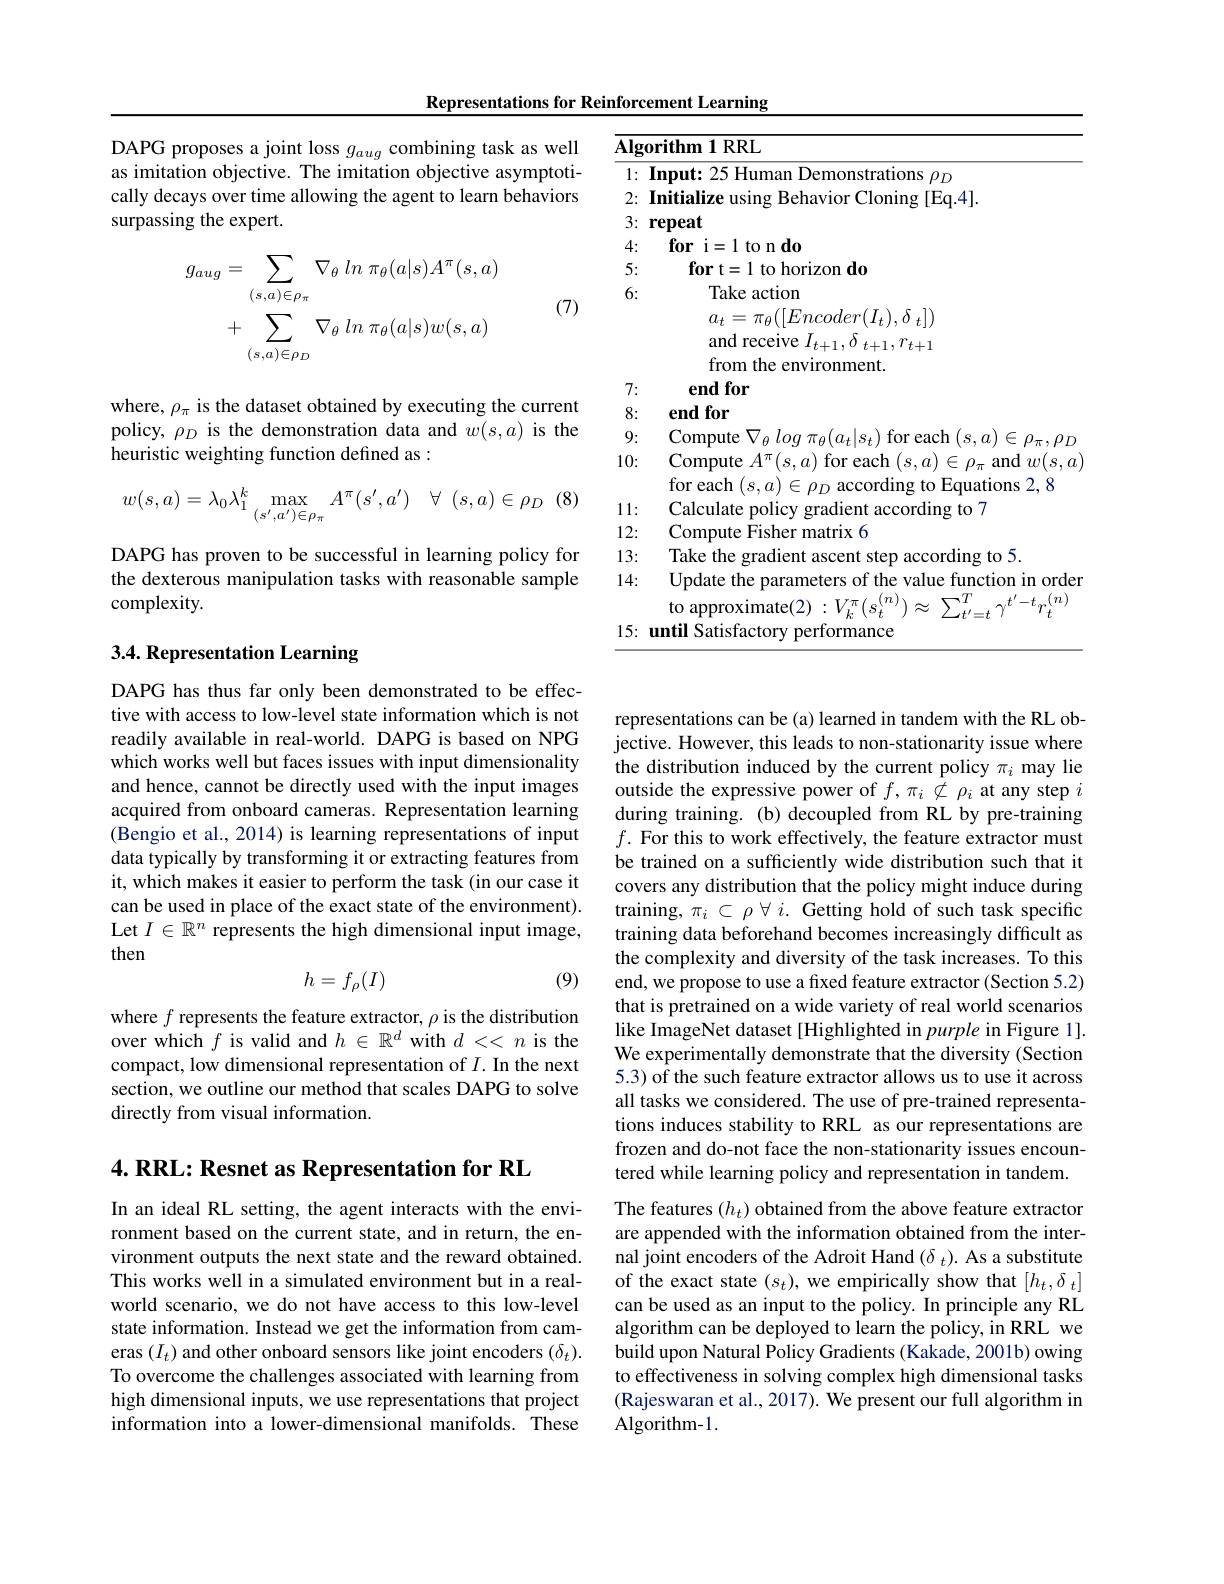
Representations for Reinforcement Learning

<table>
	<tbody>
		<tr>
			<td>$\overline{\mathbf{Alg}}$</td>
			<td>$\mathbf{orithm1RRL}$</td>
		</tr>
		<tr>
			<td>1: </td>
			<td>$ms$ $\rho_{D}$</td>
		</tr>
		<tr>
			<td>2:</td>
			<td>$if$</td>
		</tr>
		<tr>
			<td>3:</td>
			<td>$10\boldsymbol{e}$ $19f$</td>
		</tr>
		<tr>
			<td>4:</td>
			<td>l to n do $\mathbf{for}$i=1t</td>
		</tr>
		<tr>
			<td>5:</td>
			<td>horizon do for to</td>
		</tr>
		<tr>
			<td>6:</td>
			<td>Take action</td>
		</tr>
		<tr>
			<td> </td>
			<td>$a_{t}=\pi_{\theta}([Encoder(I_{t}),\delta_{t}])$</td>
		</tr>
		<tr>
			<td> </td>
			<td>and receive $I_t+1,\delta_{t+1},r_{t+1}$ $\mathbf{pnt}$</td>
		</tr>
		<tr>
			<td>-1</td>
			<td> </td>
		</tr>
		<tr>
			<td>8:</td>
			<td>end for</td>
		</tr>
		<tr>
			<td>9:</td>
			<td> </td>
		</tr>
		<tr>
			<td>10:</td>
			<td>${\mathrm{Compute~}A^{\pi}(s,a)}$ for each $(s,a)\in\rho_{\pi}$ and $w(s,a)$ for each $(s,c)$ no to Fouations </td>
		</tr>
		<tr>
			<td>1 1</td>
			<td> </td>
		</tr>
		<tr>
			<td>12:</td>
			<td>Ommmin matrix $f$</td>
		</tr>
		<tr>
			<td>13: $a_{1}=a_{1}$ T 1 1</td>
			<td> </td>
		</tr>
		<tr>
			<td>14</td>
			<td>Update the parameters of the value function in order $- t$ $( n)$</td>
		</tr>
		<tr>
			<td>15: </td>
			<td>until Satisfactory performance</td>
		</tr>
	</tbody>
</table>
(8)

DAPG proposes a joint loss $g_{aug}$ combining task as well as imitation objective. The imitation objective asymptotically decays over time allowing the agent to learn behaviors surpassing the expert.
$$g_{aug}=\sum_{(s,a)\in\rho_{\pi}}\nabla_{\theta}\:ln\:\pi_{\theta}(a|s)A^{\pi}(s,a)\\+\sum_{(s,a)\in\rho_{D}}\nabla_{\theta}\:ln\:\pi_{\theta}(a|s)w(s,a)$$
where, $\rho_\pi$ is the dataset obtained by executing the current policy, $\rho_D$ is the demonstration data and $w(s,a)$ is the heuristic weighting function defined as :
$$w(s,a)=\lambda_{0}\lambda_{1}^{k}\max_{(s^{\prime},a^{\prime})\in\rho_{\pi}}A^{\pi}(s^{\prime},a^{\prime})\quad\forall\:(s,a)\in\rho_{D}$$
DAPG has proven to be successful in learning policy for the dexterous manipulation tasks with reasonable sample complexity.

## 3.4. Representation Learning

DAPG has thus far only been demonstrated to be effective with access to low-level state information which is not readily available in real-world. DAPG is based on NPG which works well but faces issues with input dimensionality and hence, cannot be directly used with the input images acquired from onboard cameras. Representation learning (Bengio et al., 2014) is learning representations of input data typically by transforming it or extracting features from it, which makes it easier to perform the task (in our case it can be used in place of the exact state of the environment). Let $I\in\mathbb{R}^n$ represents the high dimensional input image, then
$$h=f_{\rho}(I)$$
where $f$ represents the feature extractor, $\rho$ is the distribution over which $f$ is valid and $h\in\mathbb{R}^d$ with $d<<n$ is the compact, low dimensional representation of $I.$ In the next section, we outline our method that scales DAPG to solve directly from visual information.

$4. \textbf{ RRL: Resnet as Representation for RL}$

In an ideal RL setting, the agent interacts with the environment based on the current state, and in return, the environment outputs the next state and the reward obtained. This works well in a simulated environment but in a realworld scenario, we do not have access to this low-level state information. Instead we get the information from cameras $(I_t)$ and other onboard sensors like joint encoders $(\delta_t).$ To overcome the challenges associated with learning from high dimensional inputs, we use representations that project information into a lower-dimensional manifolds. These

(7)

(9)

representations can be (a) learned in tandem with the RL objective. However, this leads to non-stationarity issue where the distribution induced by the current policy $\pi_i$ may lie outside the expressive power of $f,\pi_i\not\subset\rho_i$ at any step $i$ during training. (b) decoupled from RL by pre-training $f.$ For this to work effectively, the feature extractor must be trained on a sufficiently wide distribution such that it covers any distribution that the policy might induce during training, $\pi_i\subset\rho\forall i.$ Getting hold of such task specific training data beforehand becomes increasingly difficult as the complexity and diversity of the task increases. To this end, we propose to use a fxed feature extractor (Section 5.2) that is pretrained on a wide variety of real world scenarios like ImageNet dataset [Highlighted in purple in Figure 1]. We experimentally demonstrate that the diversity (Section 5.3) of the such feature extractor allows us to use it across all tasks we considered. The use of pre-trained representations induces stability to RRL as our representations are frozen and do-not face the non-stationarity issues encountered while learning policy and representation in tandem. The features $(h_t)$ obtained from the above feature extractor are appended with the information obtained from the internal joint encoders of the Adroit Hand $(\delta_t).$ As a substitute of the exact state $(s_t)$, we empirically show that $[h_t,\delta_t]$ can be used as an input to the policy. In principle any RL algorithm can be deployed to learn the policy, in RRL we build upon Natural Policy Gradients (Kakade, 2001b) owing to effectiveness in solving complex high dimensional tasks (Rajeswaran et al., 2017). We present our full algorithm in Algorithm-1.